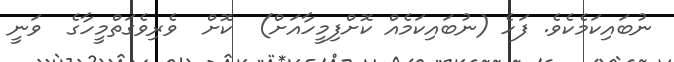
ނުބައިކަމެކެވެ. ފަހެ (ނުބައިކަމެއް ކޮށްފިމީހާއަށް)  ކޮށް  ވެރިވެގަތްމީހާގެ  ވަނީ